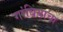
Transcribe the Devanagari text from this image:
गांबियाचा